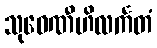
သုဝေဏီဟိလင်္ကတံ